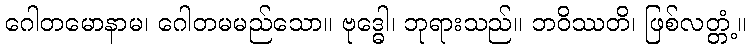
ဂေါတမောနာမ၊ ဂေါတမမည်သော။ ဗုဒ္ဓေါ၊ ဘုရားသည်။ ဘဝိဿတိ၊ ဖြစ်လတ္တံ့။